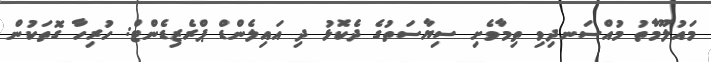
މައުލޫމާތު މުއްސަނދިވި ތިމާވެށި ސިޔާސަތުގެ ދެކޮޅު ދި އައިލެންޑް ޕްރެޒިޑެންޓް: ހުރިހާ ގޮތަކުން